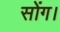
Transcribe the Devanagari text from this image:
सोंग।